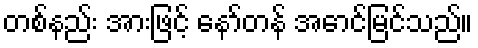
တစ်နည်း အားဖြင့် နော်တန် အောင်မြင်သည်။